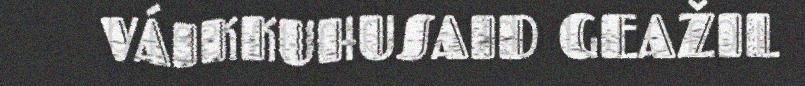
VÁIKKUHUSAID GEAŽIL